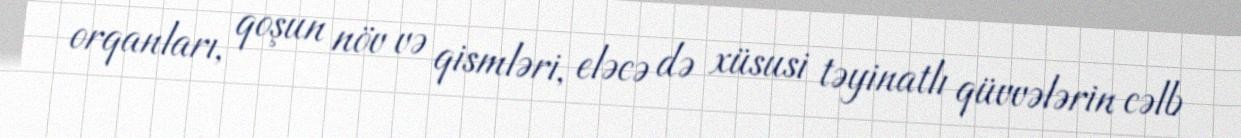
orqanları, qoşun növ və qismləri, eləcə də xüsusi təyinatlı qüvvələrin cəlb